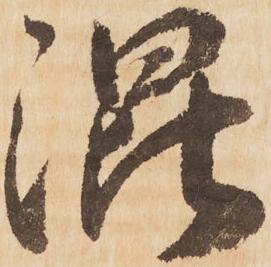
混